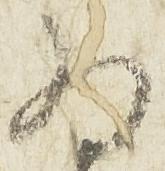
為